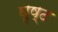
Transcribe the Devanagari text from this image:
घृष्ट